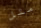
مثل